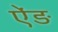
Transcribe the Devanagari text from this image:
ऐंड़